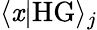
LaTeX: \langle\mathit{x}|\mathrm{{HG}}\rangle_{j}